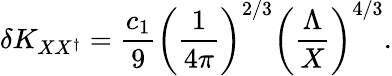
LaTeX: \delta K_{XX^{\dagger}}={\frac{c_{1}}{9}}\left({\frac{1}{4\pi}}\right)^{2/3}\left({\frac{\Lambda}{X}}\right)^{4/3}.